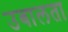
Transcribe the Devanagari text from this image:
उबालता